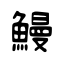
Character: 鰻